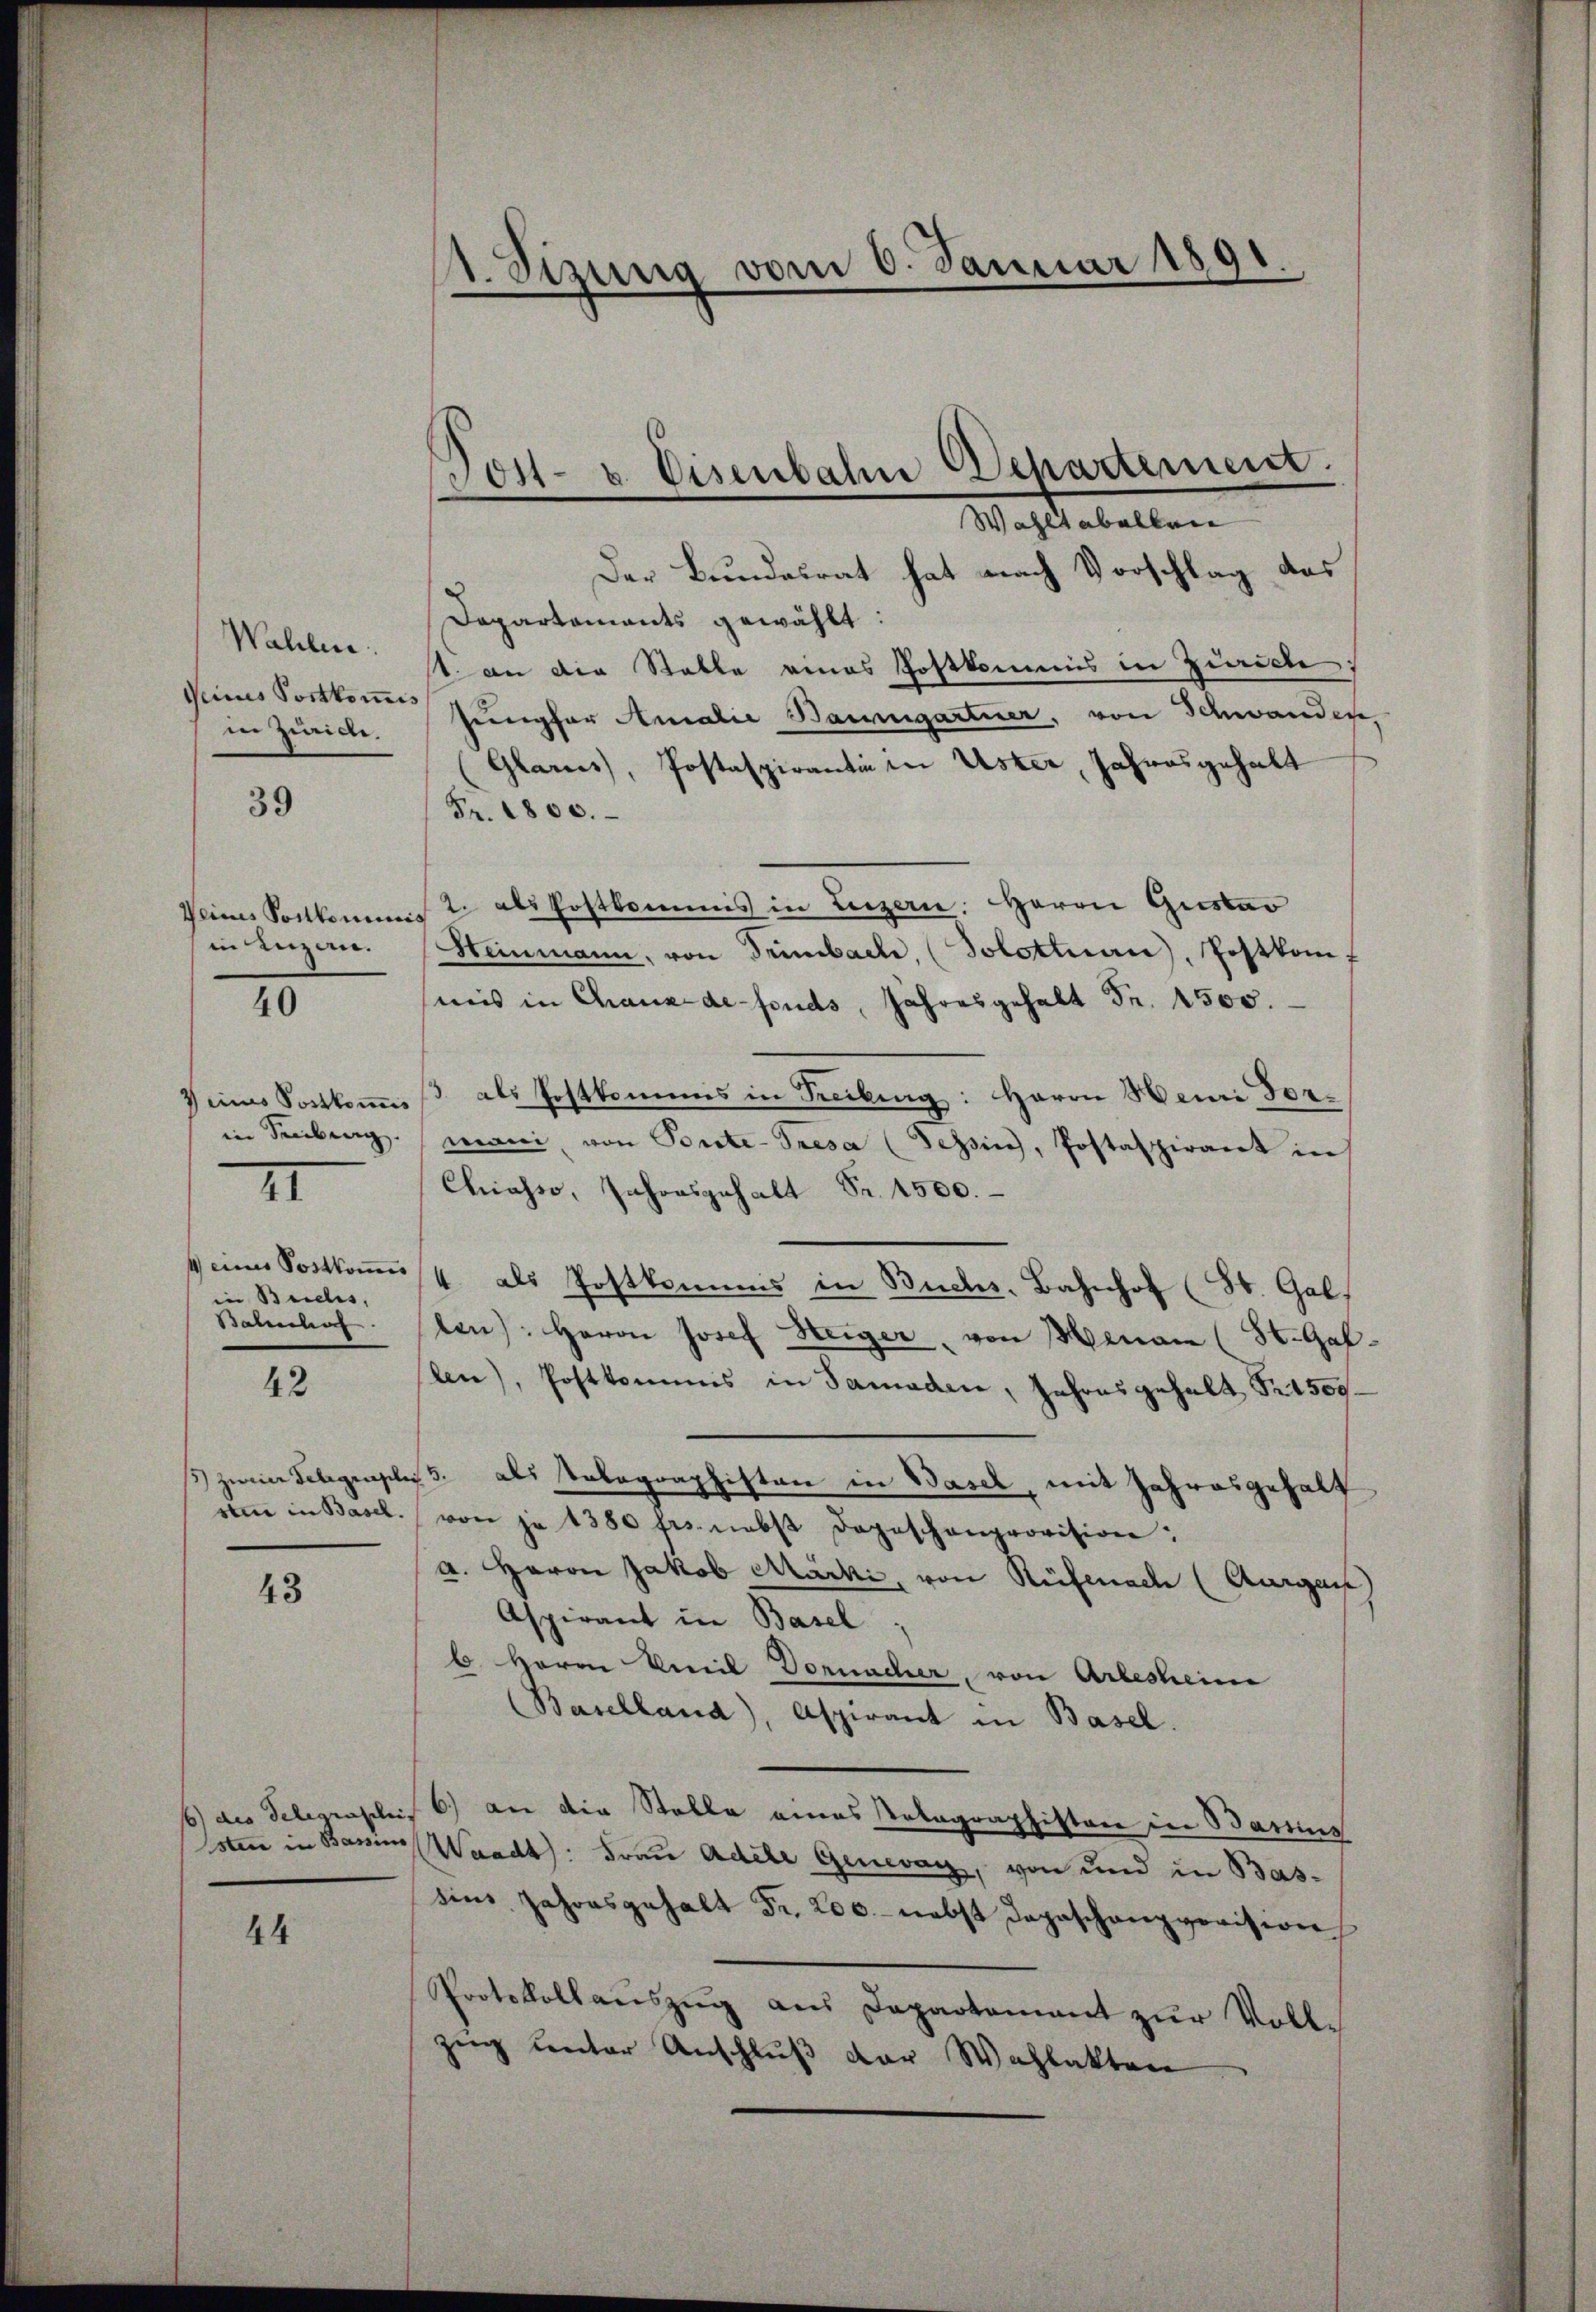
Wahlen.
Deines Portkomis
in Zürich.

39

Weines Sortkommis

40

II

in Buchs,

42

43

44

Wahltabellen |
Der Bundesrat hat nach Vorschlag das
Departaments gewählt:
st. an die Stalle eines Postkommis in Zürich
Jungfer Amalie Baumgartner, von Schwanden
Glarus, Postaspirantin in Uster, Jahresgehalt
Fr. 1800.
2. als Postkommis in Luzern. Herrn Giesbar
in einzen. Heinmann, von Trimbach, (Solottnau, Postkomf
mnis in Chaux-de-Fonds, Jahresgehalt Fr. 4500.
7 eins Sachkoṁiss als Postkommis in Freibung: Herrn Heui dorin Freiburg mani, von Bonte-Tresa (Tessin, Postaspirant in
Chiasso, Jahresgehalt Fr. 1500.
seines Sostkoṁust als Postkommis in Buchs, Bahnhof (St. Gal
Bahnhof. (den): Herrn Josef Steiger von Menau (St. Gal-
len), Postkommis in Samaden, Jahresgehalt S. 1500
/3 zweier Telegensler 3. als Telegraphisten in Basel, mit Jahresgehalt
von in Basel. von je 1380 frs. nebst Depeschenprovision:
a. Herrn Jakob Marki, von Rüfenach (Aargau
Aspirant in Basel
6. Herrn Viel Vornacher, von Arlesheim
(Baselland), Aspirant in Basel.
6) des Telegraphis 6) an die Stelle eines Totagraphiston in Bartius
sten in Bann Waadt: Frau Adele Genevag, von und in Bassins Jahresgehalt Fr. 200.- nebst Depeschanzverision
Protokollauszug aus Departement zur Vollzŭg ŭnter Anschlŭβ der Wahlakten

1. Sizung vom 6. Januar 1891.

Post- u. Eisenbahn Departement.